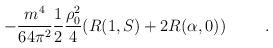
LaTeX: \begin{align*}-\frac{m^4}{64\pi ^2}\frac 12\frac{\rho _0^2}4(R(1,S)+2R(\alpha ,0)) \hspace{1cm}.\end{align*}